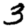
Digit: 3